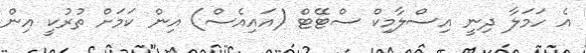
އެ ހަމަލާ ދިނީ އިސްލާމިކް ސްޓޭޓް (އައިއެސް) އިން ކަމަށް ތުރުކީ އިން